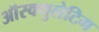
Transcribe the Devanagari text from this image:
ऑस्क्युलेटिग